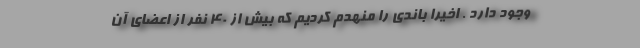
وجود دارد . اخیرا باندی را منهدم کردیم که بیش از ۴۰ نفر از اعضای آن